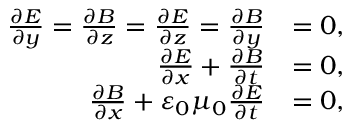
\begin{array} { r l } { \frac { \partial E } { \partial y } = \frac { \partial B } { \partial z } = \frac { \partial E } { \partial z } = \frac { \partial B } { \partial y } } & { = 0 , } \\ { \frac { \partial E } { \partial x } + \frac { \partial B } { \partial t } } & { = 0 , } \\ { \frac { \partial B } { \partial x } + \varepsilon _ { 0 } \mu _ { 0 } \frac { \partial E } { \partial t } } & { = 0 , \, \, } \end{array}